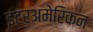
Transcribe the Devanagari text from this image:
इंटरअमेरिकन